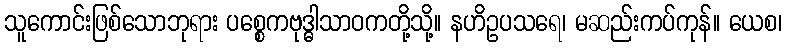
သူကောင်းဖြစ်သောဘုရား ပစ္စေကဗုဒ္ဓါသာဝကတို့သို့။ နဟိဥပသရေ၊ မဆည်းကပ်ကုန်။ ယေစ၊